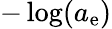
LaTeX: -\log(a_{\mathrm{e}})